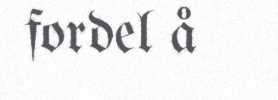
fordel å